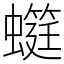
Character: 䗴